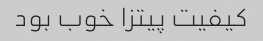
کیفیت پیتزا خوب بود